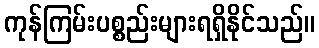
ကုန်ကြမ်းပစ္စည်းများရရှိနိုင်သည်။